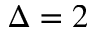
\Delta = 2